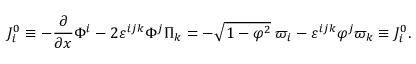
{ \cal J } _ { i } ^ { 0 } \equiv - \frac \partial { \partial x } \Phi ^ { i } - 2 \varepsilon ^ { i j k } \Phi ^ { j } \Pi _ { k } = - \sqrt { 1 - { \varphi } ^ { 2 } } \; \varpi _ { i } - \varepsilon ^ { i j k } \varphi ^ { j } \varpi _ { k } \equiv J _ { i } ^ { 0 } .